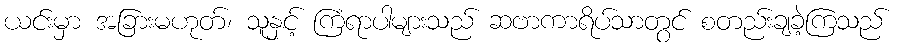
ယင်းမှာ အခြားမဟုတ်၊ သူနှင့် ကြံရာပါများသည် ဆဗာကာရိပ်သာတွင် စတည်းချခဲ့ကြသည်